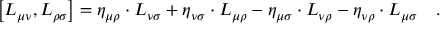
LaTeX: \left[ L _ { \mu \nu } , L _ { \rho \sigma } \right] = \eta _ { \mu \rho } \cdot L _ { \nu \sigma } + \eta _ { \nu \sigma } \cdot L _ { \mu \rho } - \eta _ { \mu \sigma } \cdot L _ { \nu \rho } - \eta _ { \nu \rho } \cdot L _ { \mu \sigma } \quad .